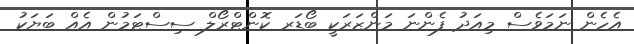
އެހެން ނަމަވެސް މިއަދު ފެންނަ މަންޒަރަކީ ބޯޑަރ ކޮންޓްރޯލް ސިސްޓަމުން އެއް ބަޔަކު